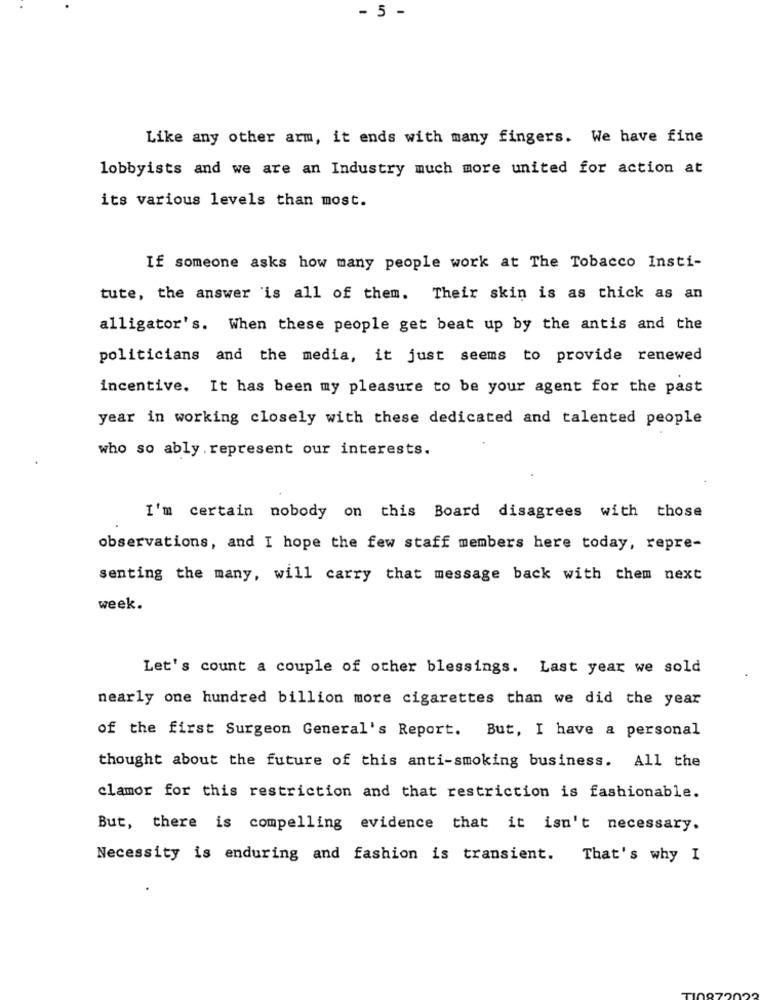
- 5 -
Like any other arm, it ends with many fingers. We have fine
lobbyists and we are an Industry much more united for action at
its various levels than most.
If someone asks how many people work at The Tobacco Insti-
tute, the answer is all of them. Their skin is as thick as an
alligator's. When these people get beat up by the antis and the
politicians and the media, it just seems to provide renewed
incentive. It has been my pleasure to be your agent for the past
year in working closely with these dedicated and talented people
who so ably represent our interests.
I'm certain nobody on this Board disagrees with those
observations, and I hope the few staff members here today, repre-
senting the many, will carry that message back with them next
week.
Let's count a couple of other blessings. Last year we sold
nearly one hundred billion more cigarettes than we did the year
of the first Surgeon General's Report. But, I have a personal
thought about the future of this anti-smoking business. All the
clamor for this restriction and that restriction is fashionable.
But, there is compelling evidence that it isn't necessary.
Necessity is enduring and fashion is transient.
That's why I